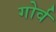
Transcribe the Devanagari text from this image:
गोर्व